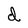
Character: d